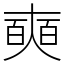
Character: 奭